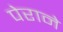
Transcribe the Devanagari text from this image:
पेराने